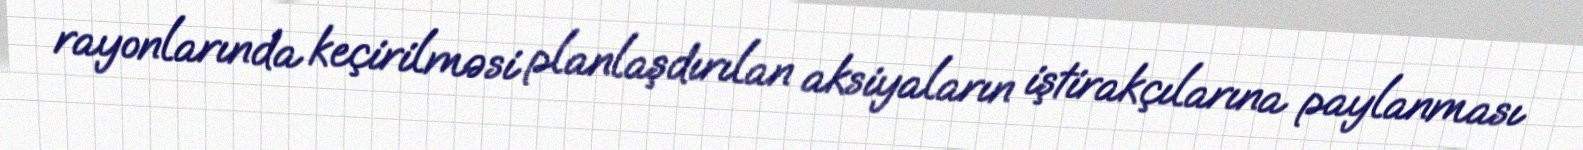
rayonlarında keçirilməsi planlaşdırılan aksiyaların iştirakçılarına paylanması